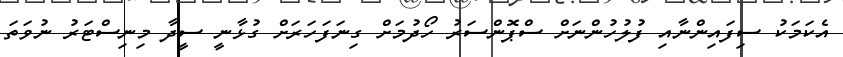
އެކަމަކު ސިފައިންނާއި ފުލުހުންނަށް ސްޕޮންސަރު ހޯދުމަށް ގިނަފަހަރަށް ގުޅާނީ ސީދާ މިނިސްޓަރު ނުވަތަ